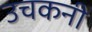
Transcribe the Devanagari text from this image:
उचकनी